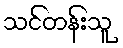
သင်တန်းသူ